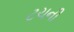
ટચની